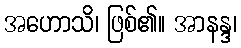
အဟောသိ၊ ဖြစ်၏။ အာနန္ဒ၊